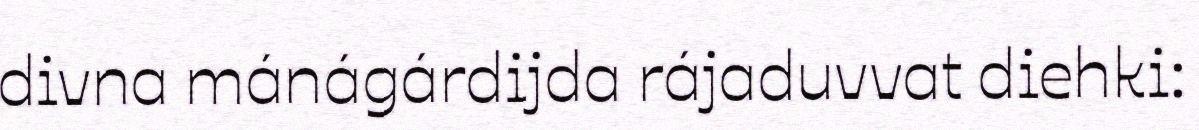
divna mánágárdijda rájaduvvat diehki: